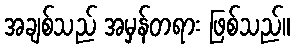
အချစ်သည် အမှန်တရား ဖြစ်သည်။